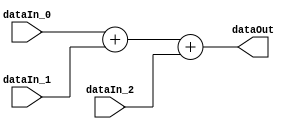
`timescale 1ns/1ps

module TernaryAdderXilinxSigned
# (
  parameter width = 8,
  parameter mode = 0
)
(
  input  signed  [width - 1:0]    dataIn_0,
  input  signed  [width - 1:0]    dataIn_1,
  input  signed  [width - 1:0]    dataIn_2,
  output signed  [width + 1:0]    dataOut
);
  if(mode == 0) begin
    assign dataOut = dataIn_0 + dataIn_1 + dataIn_2;
  end
  else if(mode == 1) begin
    assign dataOut = dataIn_0 + dataIn_1 - dataIn_2;
  end
  else begin
    assign dataOut = dataIn_0 - dataIn_1 - dataIn_2;
  end

endmodule